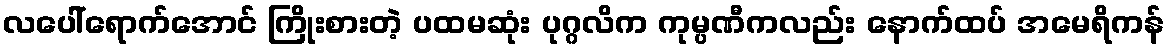
လပေါ်ရောက်အောင် ကြိုးစားတဲ့ ပထမဆုံး ပုဂ္ဂလိက ကုမ္ပဏီကလည်း နောက်ထပ် အမေရိကန်